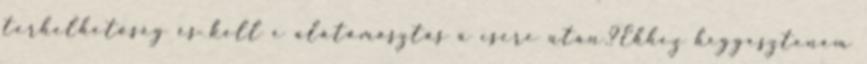
terhelhetőség és kell e alátámasztás a csere után.?Ehhez heggeszteném